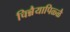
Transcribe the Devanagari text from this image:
चिन्नैयापिळ्ळै